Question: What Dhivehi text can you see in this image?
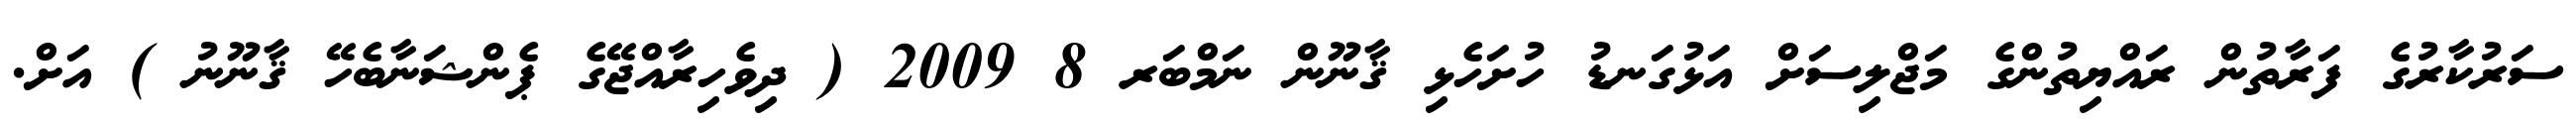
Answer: ސަރުކާރުގެ ފަރާތުން ރައްޔިތުންގެ މަޖްލިސަށް އަޅުގަނޑު ހުށަހެޅި ޤާނޫން ނަމްބަރ 8 2009 ( ދިވެހިރާއްޖޭގެ ޕެންޝަނާބެހޭ ޤާނޫނު ) އަށް.